Annual statistical returns and brief notes on vaccination in Bengal - 1909-1929
Year: 1909
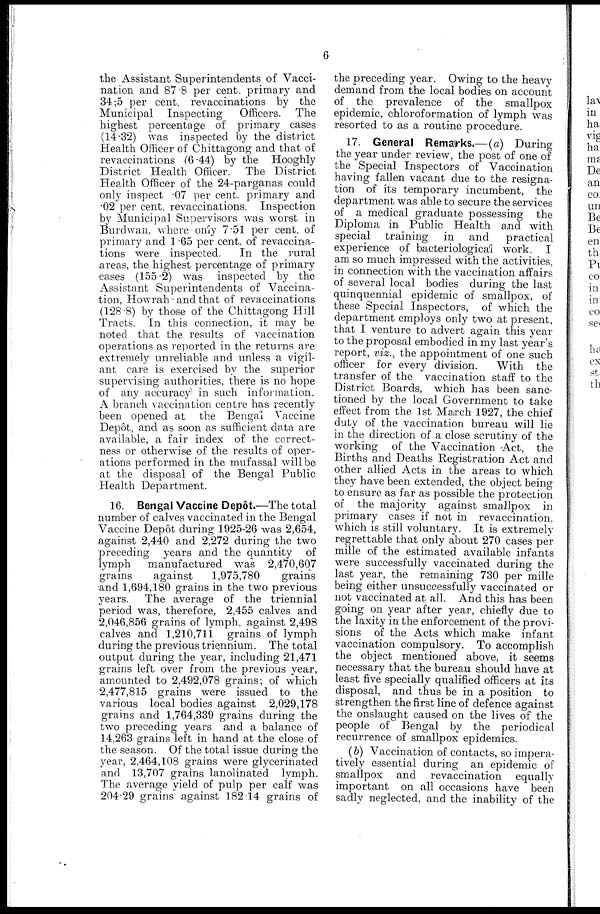
6
the Assistant Superintendents of Vacci-
nation and 87.8 per cent. primary and
34.5 per cent. revaccinations by the
Municipal Inspecting
Officers. The
highest percentage of primary cases
(14.32) was inspected by the district
Health Officer of Chittagong and that of
revaccinations (6.44) by the Hooghly
District Health Officer. The District
Health Officer of the 24-parganas could
only inspect .07 per cent. primary and
.02 per cent. revaccinations. Inspection
by Municipal Supervisors was worst in
Burdwan, where only 7.51 per cent. of
primary and 1.65 per cent. of revaccina-
tions were inspected.
In the rural
areas, the highest percentage of primary
cases (155.2) was inspected by the
Assistant Superintendents of Vaccina-
tion, Howrah and that of revaccinations
(128.8) by those of the Chittagong Hill
Tracts. In this connection, it may be
noted that the results of vaccination
operations as reported in the returns are
extremely unreliable and unless a vigil-
ant care is exercised by the superior
supervising authorities, there is no hope
of any accuracy in such information.
A branch vaccination centre has recently
been opened at the Bengal Vaccine
Depôt, and as soon as sufficient data are
available, a fair index of the correct-
ness or otherwise of the results of oper-
ations performed in the mufassal will be
at the disposal of the Bengal Public
Health Department.
16. Bengal Vaccine Depôt.—The total
number of calves vaccinated in the Bengal
Vaccine Depot during 1925-26 was 2,654,
against 2,440 and 2,272 during the two
preceding years and the quantity of
lymph
manufactured was 2,470,607
grains
against
1,975,780
grains
and 1,694,180 grains in the two previous
years. The average of the triennial
period was, therefore, 2,455 calves and
2,046,856 grains of lymph, against 2,498
calves and 1,210,711 grains of lymph
during the previous triennium. The total
output during the year, including 21,471
grains left over from the previous year,
amounted to 2,492,078 grains; of which
2,477,815 grains were issued to the
various local bodies against 2,029,178
grains and 1,764,339 grains during the
two preceding years and a balance of
14,263 grains left in hand at the close of
the season. Of the total issue during the
year, 2,464,108 grains were glycerinated
and 13,707 grains lanolinated lymph.
The average yield of pulp per calf was
204.29 grains against 182.14 grains of
the preceding year. Owing to the heavy
demand from the local bodies on account
of the prevalence of the smallpox
epidemic, chloroformation of lymph was
resorted to as a routine procedure.
17. General Remarks.—(a) During
the year under review, the post of one of
the Special Inspectors of Vaccination
having fallen vacant due to the resigna-
tion of its temporary incumbent, the
department was able to secure the services
of a medical graduate possessing the
Diploma in Public Health and with
special training in and
practical
experience of bacteriological work. I
am so much impressed with the activities,
in connection with the vaccination affairs
of several local bodies during the last
quinquennial epidemic of smallpox, of
these Special Inspectors, of which the
department employs only two at present,
that I venture to advert again this year
to the proposal embodied in my last year's
report, viz., the appointment of one such
officer for every division.
With the
transfer of the vaccination staff to the
District Boards, which has been sanc-
tioned by the local Government to take
effect from the 1st March 1927, the chief
duty of the vaccination bureau will lie
in the direction of a close scrutiny of the
working of the Vaccination Act, the
Births and Deaths Registration Act and
other allied Acts in the areas to which
they have been extended, the object being
to ensure as far as possible the protection
of the majority against smallpox in
primary cases if not in revaccination,
which is still voluntary. It is extremely
regrettable that only about 270 cases per
mille of the estimated available infants
were successfully vaccinated during the
last year, the remaining 730 per mille
being either unsuccessfully vaccinated or
not vaccinated at all. And this has been
going on year after year, chiefly due to
the laxity in the enforcement of the provi-
sions of the Acts which make infant
vaccination compulsory. To accomplish
the object mentioned above, it seems
necessary that the bureau should have at
least five specially qualified officers at its
disposal, and thus be in a position to
strengthen the first line of defence against
the onslaught caused on the lives of the
people of Bengal by the periodical
recurrence of smallpox epidemics.
(b) Vaccination of contacts, so impera-
tively essential during an epidemic of
smallpox and revaccination equally
important on all occasions have been
sadly neglected, and the inability of the